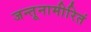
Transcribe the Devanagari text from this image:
जन्तूनामीरितं